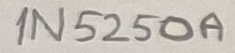
Text: 1N5250A